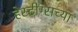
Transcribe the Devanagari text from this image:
हेस्टींग्सच्या